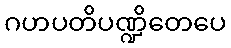
ဂဟပတိပဏ္ဍိတေပေ